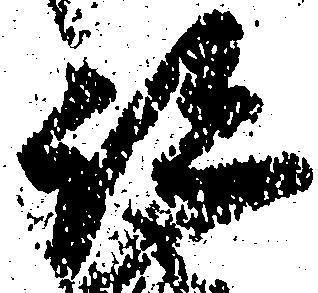
跡